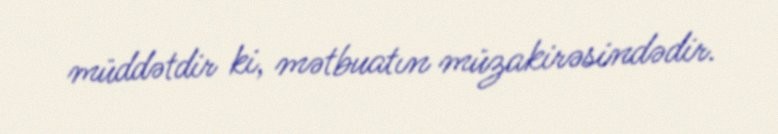
müddətdir ki, mətbuatın müzakirəsindədir.